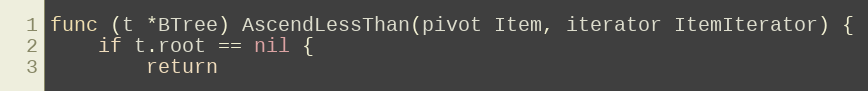
Language: Go
func (t *BTree) AscendLessThan(pivot Item, iterator ItemIterator) {
	if t.root == nil {
		return